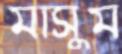
মাসুম